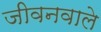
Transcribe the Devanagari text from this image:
जीवनवाले